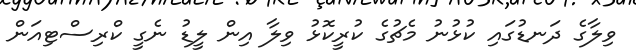
ވިލާގެ ދަނޑުގައި ކުޅުނު މެޗުގެ ކުރީކޮޅު ވިލާ އިން ލީޑު ނެގީ ކްރިސްޓިއަން